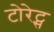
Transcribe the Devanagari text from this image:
टोरेट्स